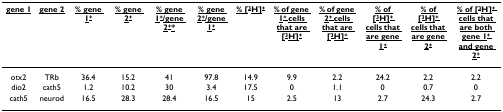
| <underline>gene 1</underline> | <underline>gene 2</underline> | <underline>% gene 1+</underline> | <underline>% gene 2+</underline> | <underline>% gene 1+/gene 2+*</underline> | <underline>% gene 2+/gene 1+</underline> | <underline>% [3H]+</underline> | <underline>% of gene 1+ cells that are [3H]+</underline> | <underline>% of gene 2+ cells that are [3H]+</underline> | <underline>% of [3H]+ cells that are gene 1+</underline> | <underline>% of [3H]+ cells that are gene 2+</underline> | <underline>% of [3H]+ cells that are both gene 1+ and gene 2+</underline> |
 | --- | --- | --- | --- | --- | --- | --- | --- | --- | --- | --- | --- |
 | otx2 | TRb | 36.4 | 15.2 | 41 | 97.8 | 14.9 | 9.9 | 2.2 | 24.2 | 2.2 | 2.2 |
 | dio2 | cath5 | 1.2 | 10.2 | 30 | 3.4 | 17.5 | 0 | 1.1 | 0 | 0.7 | 0 |
 | cath5 | neurod | 16.5 | 28.3 | 28.4 | 16.5 | 15 | 2.5 | 13 | 2.7 | 24.3 | 2.7 |